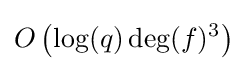
O\left(\log(q)\deg(f)^{3}\right)